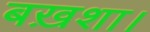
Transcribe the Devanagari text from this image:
बख़शा।